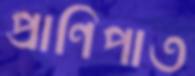
প্রাণিপাত